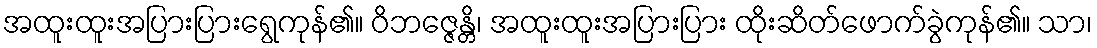
အထူးထူးအပြားပြားရွေကုန်၏။ ဝိဘဇ္ဇေန္တိ၊ အထူးထူးအပြားပြား ထိုးဆိတ်ဖောက်ခွဲကုန်၏။ သာ၊